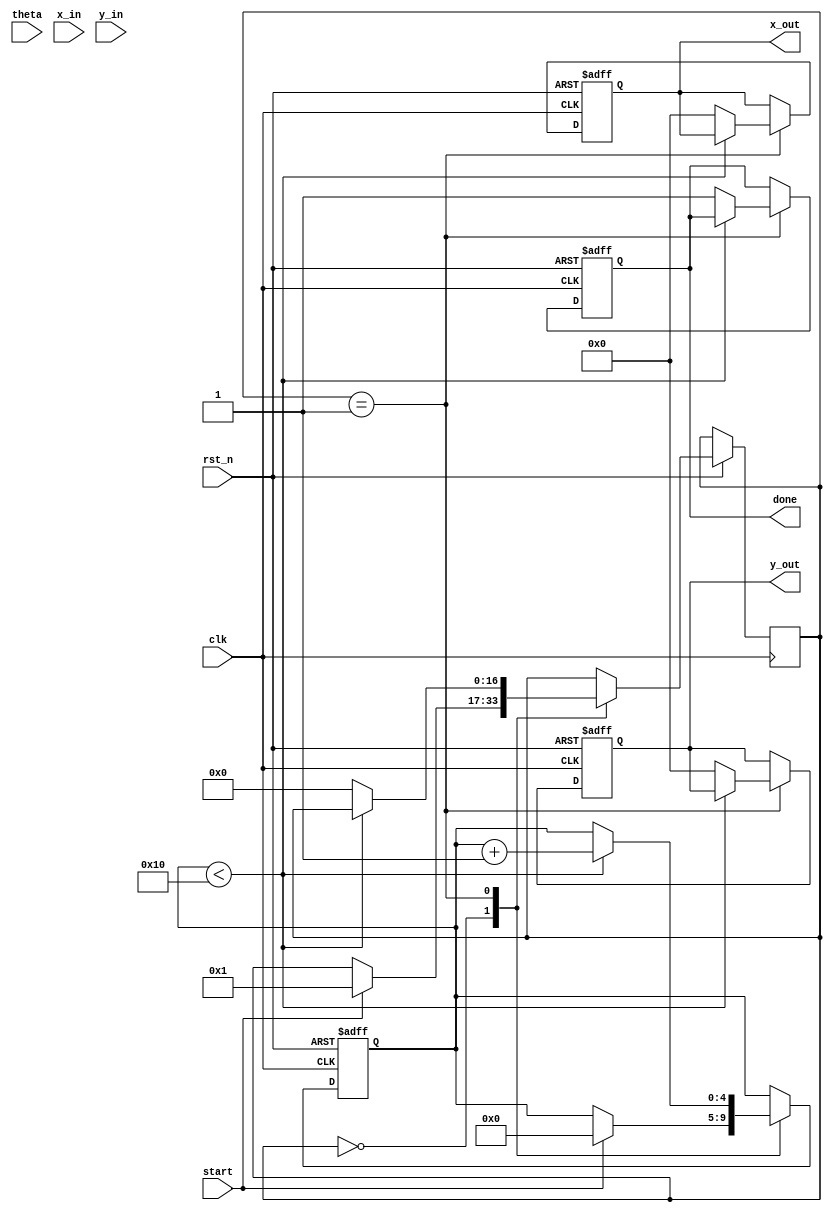
module cordic_rotational #(
    parameter N = 16,                 // Number of iterations
    parameter WIDTH = 16,             // Bit-width of inputs and outputs
    parameter SCALE_FACTOR = 16'h26B4 // Scaling factor for CORDIC
)(
    input wire clk,
    input wire rst_n,
    input wire [WIDTH-1:0] theta,     // Input angle in fixed-point format
    input wire [WIDTH-1:0] x_in,       // Initial x coordinate
    input wire [WIDTH-1:0] y_in,       // Initial y coordinate
    input wire start,                  // Start signal for computation
    output reg [WIDTH-1:0] x_out,      // Output x (cosine)
    output reg [WIDTH-1:0] y_out,      // Output y (sine)
    output reg done                    // Done signal
);

    reg [WIDTH-1:0] x [0:N-1];          // x values for iterations
    reg [WIDTH-1:0] y [0:N-1];          // y values for iterations
    reg [WIDTH-1:0] angle [0:N-1];      // Pre-computed angles
    reg [4:0] iteration;                 // Iteration counter
    reg [WIDTH-1:0] current_angle;       // Current angle
    reg [N:0] state;                     // FSM state

    // Pre-compute arctangent values for CORDIC
    initial begin
        angle[0] = 16'h2000; // atan(1) = pi/4 in fixed-point
        angle[1] = 16'h1400; // atan(0.5) = pi/6 in fixed-point
        angle[2] = 16'h0A00; // atan(0.25) = pi/12 in fixed-point
        // Add more values as needed for N iterations
    end

    // State machine for CORDIC operation
    always @(posedge clk or negedge rst_n) begin
        if (!rst_n) begin
            iteration <= 0;
            done <= 0;
            x_out <= 0;
            y_out <= 0;
            current_angle <= 0;
        end else begin
            case (state)
                0: begin // IDLE
                    if (start) begin
                        x[0] <= x_in;
                        y[0] <= y_in;
                        current_angle <= theta;
                        iteration <= 0;
                        state <= 1; // Move to next state
                    end
                end
                1: begin // CORDIC Iteration
                    if (iteration < N) begin
                        if (current_angle < 0) begin
                            // Counter-clockwise rotation
                            x[iteration+1] <= x[iteration] + (y[iteration] >> iteration);
                            y[iteration+1] <= y[iteration] - (x[iteration] >> iteration);
                            current_angle <= current_angle + angle[iteration];
                        end else begin
                            // Clockwise rotation
                            x[iteration+1] <= x[iteration] - (y[iteration] >> iteration);
                            y[iteration+1] <= y[iteration] + (x[iteration] >> iteration);
                            current_angle <= current_angle - angle[iteration];
                        end
                        iteration <= iteration + 1; // Move to next iteration
                    end else begin
                        // Final scaling
                        x_out <= x[N] * SCALE_FACTOR >> N;
                        y_out <= y[N] * SCALE_FACTOR >> N;
                        done <= 1; // Indicate completion
                        state <= 0; // Go back to IDLE
                    end
                end
            endcase
        end
    end

endmodule